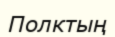
Полктың